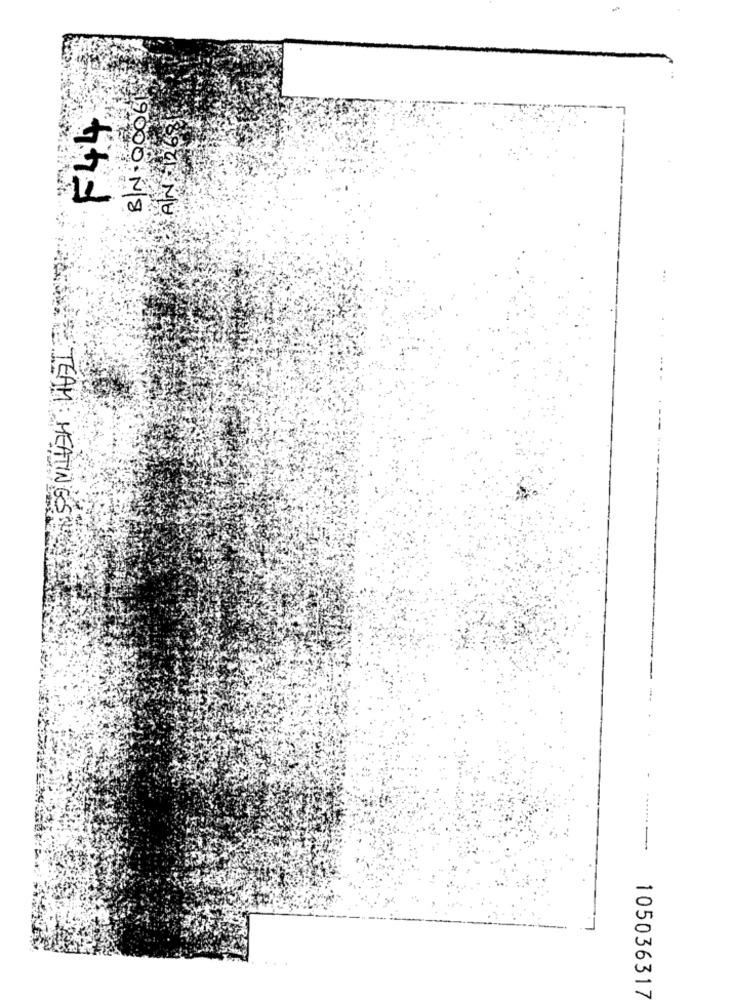
19000. 7 8
TEAM : HEATIN
-
105036317